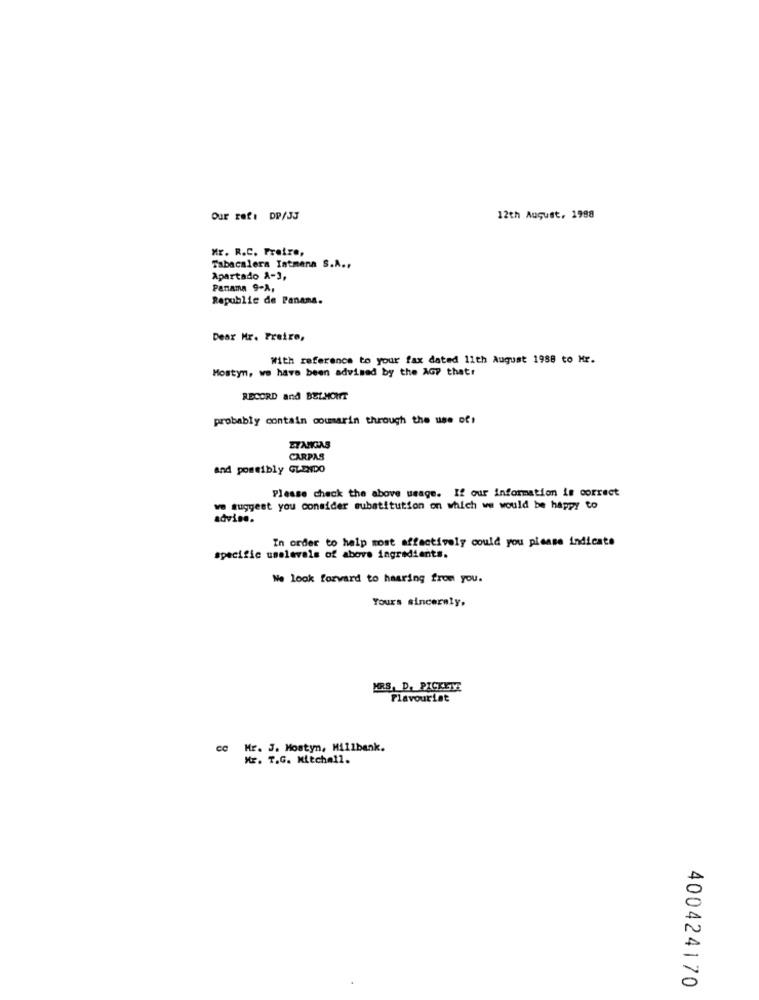
Our ref: DP/JJ
12th August, 1988
Mr. R.C. Freire,
Tabacalera Tatmena S.A ..
Apartado A-3,
Panama 9-A,
Republic de Panama.
Dear Mr. Freire,
With reference to your fax dated 11th August 1988 to Mr.
Mostyn, we have been advised by the AGP thatr
RECORD and BELMONT
probably contain coumarin through the use of!
ETANGAS
CARPAS
and possibly GLENDO
Please check the above usage. If our information is correct
we suggest you consider substitution on which we would be happy to
advise.
In order to help most affectively could you please indicate
specific uselevels of above ingredients.
We look forward to hearing from you.
Yours sincerely,
MRS, D. PICKETT
Flavourist
co Mr. J. Mostyn, Millbank.
Mr. T.G. Mitchell.
400424170